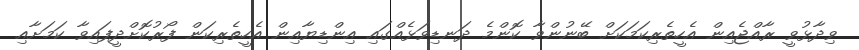
ވިދާޅުވީ ރާއްޖެއިން އެހީތެރިކަމަކަށް ބޭނުންވާ ކޮންމެ ދަނޑިވަޅެއްގައި އިންޑިޔާއިން އެހީތެރިކަން ފޯރުކޮށްދީފައިވާ ކަމަށާއި